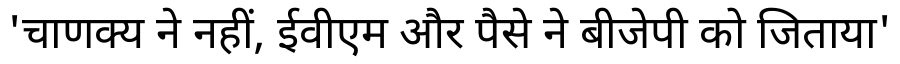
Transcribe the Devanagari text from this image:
'चाणक्य ने नहीं, ईवीएम और पैसे ने बीजेपी को जिताया'